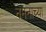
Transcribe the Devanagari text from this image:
नमनाच्या